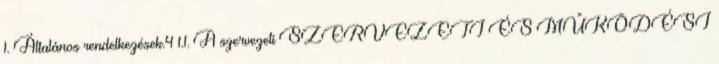
1. Általános rendelkezések.4 1.1. A szervezeti SZERVEZETI ÉS MŰKÖDÉSI